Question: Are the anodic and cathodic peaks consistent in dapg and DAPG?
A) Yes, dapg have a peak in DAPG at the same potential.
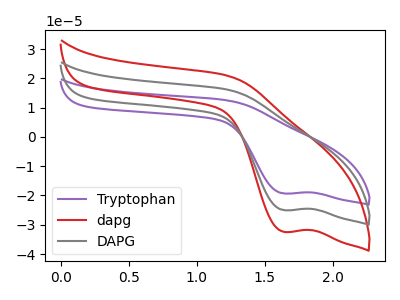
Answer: <think>The purple curve "Tryptophan" has a cathodic peak at: (1.65V, -50.05uA). The red curve "dapg" has a cathodic peak at: (1.65V, -32.45uA). The gray curve "DAPG" has a cathodic peak at: (1.65V, -25.05uA).</think>
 <answer>A) Yes, "dapg" have a peak in "DAPG" at the same potential.</answer>
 <eval>A</eval>